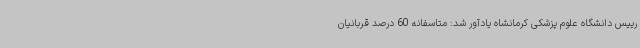
رییس دانشگاه علوم پزشکی کرمانشاه یادآور شد: متاسفانه 60 درصد قربانیان